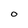
Character: O